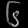
Digit: ၆